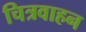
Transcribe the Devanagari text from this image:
चित्रवाहन